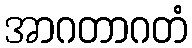
အာဂတာဂတံ